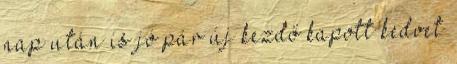
nap után is jó pár új kezdő kapott kedvet